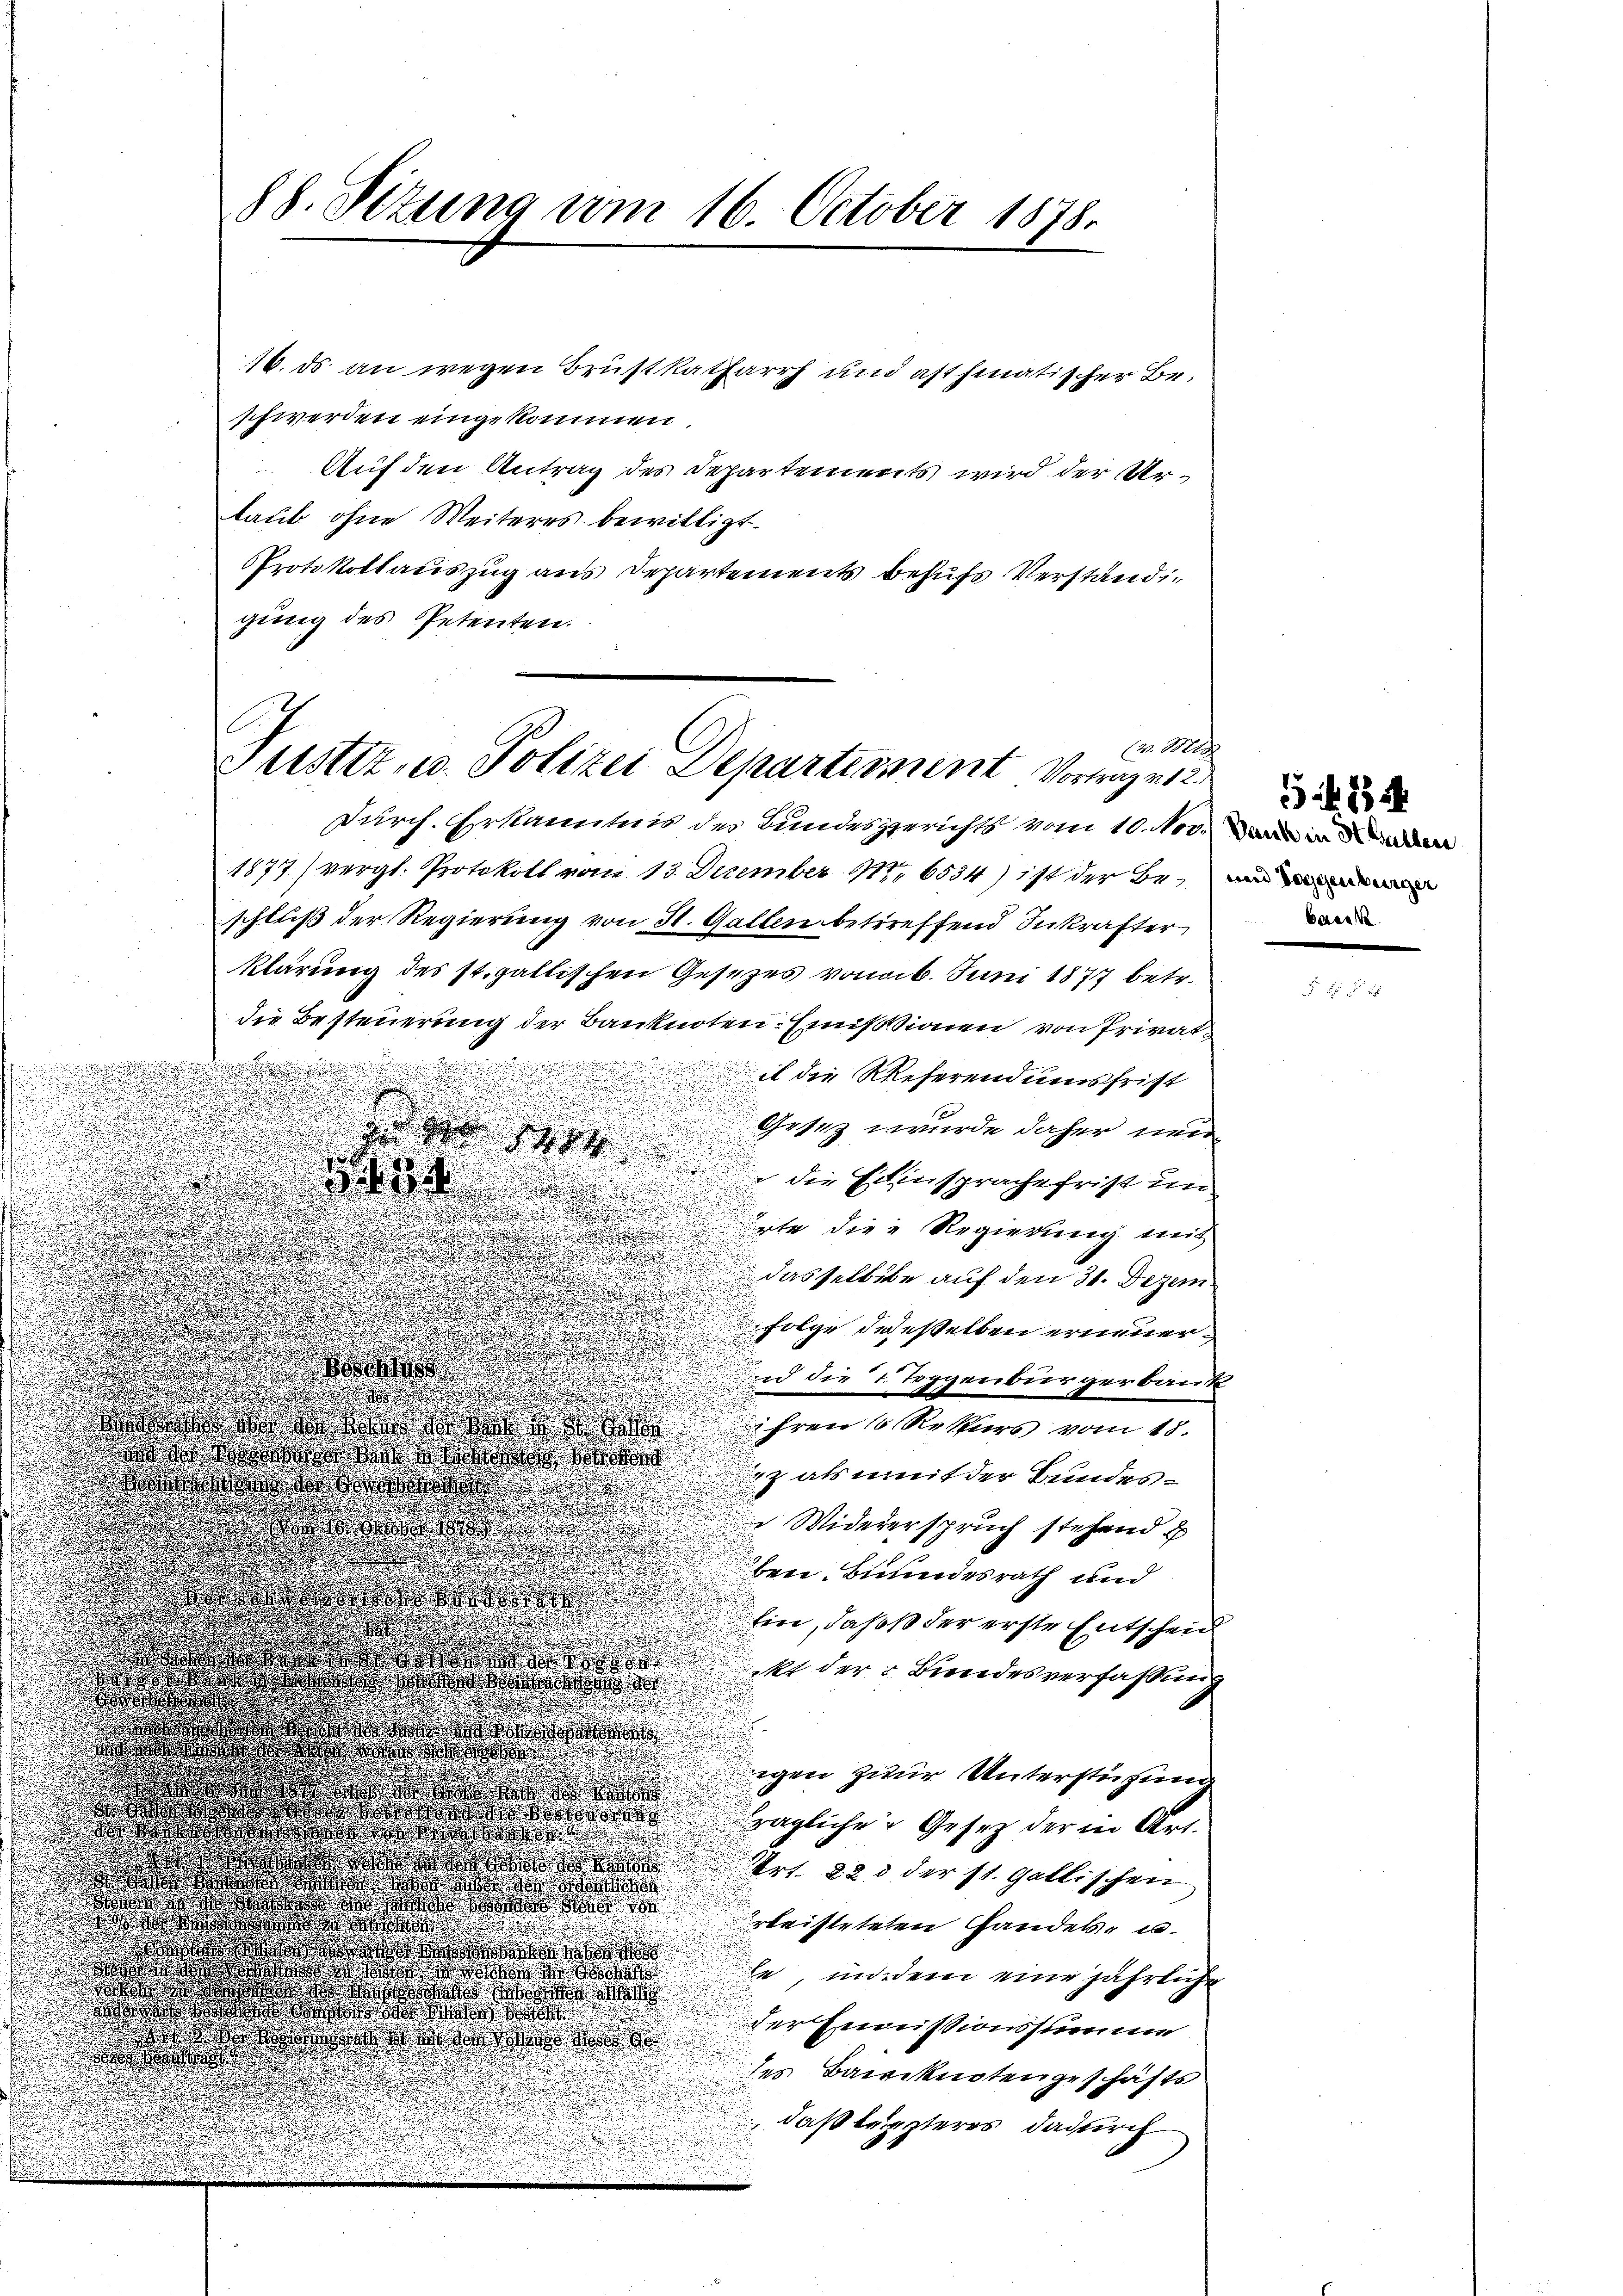
88. Sizung vom 16. October 1878.

16. ds an wegen Brustkatarrh und ast hinatischer Be-
schwerden eingekommen.
Auf den Antrag des Departements wird der Urtaub ohne Weiteres bewilligt.
Protokollauszug aus Departements behufs Verständigung des Petenten.

(v. Mts.
Justiz u. Polizei Departement Vortrages

Durch. Erkanntnis des Bundesgerichts vom 10. 100. in
1877 (vergl. Protokoll vom 13. Dezember 1776534) ist der bei mi
schluß der Regierung von St. Gallen betreffend Inkrafter
klärung des st. gallischen Gesezes vom 6. Juni 1877 betr.
die Besteuerung der Banknoten. Emissionen von Privat¬

.
it die Reserendumsfrist

.

.

Gesez wurde daher neu
i

.
8
.
u
.
.
.
.

 die Einsprache frist un
d
.
221. Seiner andern
e
.
.

.
.

irte die Regierung mit

.

.
.
asselbibe auf den 31. Dezem
.
.
.
.

u
folge jedesselben erneueri

.

.
.
.
.

s
n die 7. Toggenburgerbank
d
.
w
ihren 1 Rekurs vom 18.
Was des Vater de
12 als mit der Bundes¬
 der

.

 Widererspruch stehend u

d
.

e
bene Bundesrath und

hin, daß der erste Entscheid
.

s
dere so

kt der Bundesverfassung

ward dass da

e
d
rede de
War den
s

igen zur Unterstürme
d
d
ode der an
.
da er die
rägliche Geter der in Art.
e
waße
oeder an
Art. 22 der st. Gallischen
a
ose, da der

rtritteteten Handes, u

d ad
Was war
e, und dem eine jährliche
s der
awa daß da das
der Immissionssumme
Das war die das
e
des Banknotengeschäfts
dastersteres dadurch

baeck